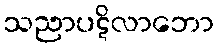
သညာပဋိလာဘော